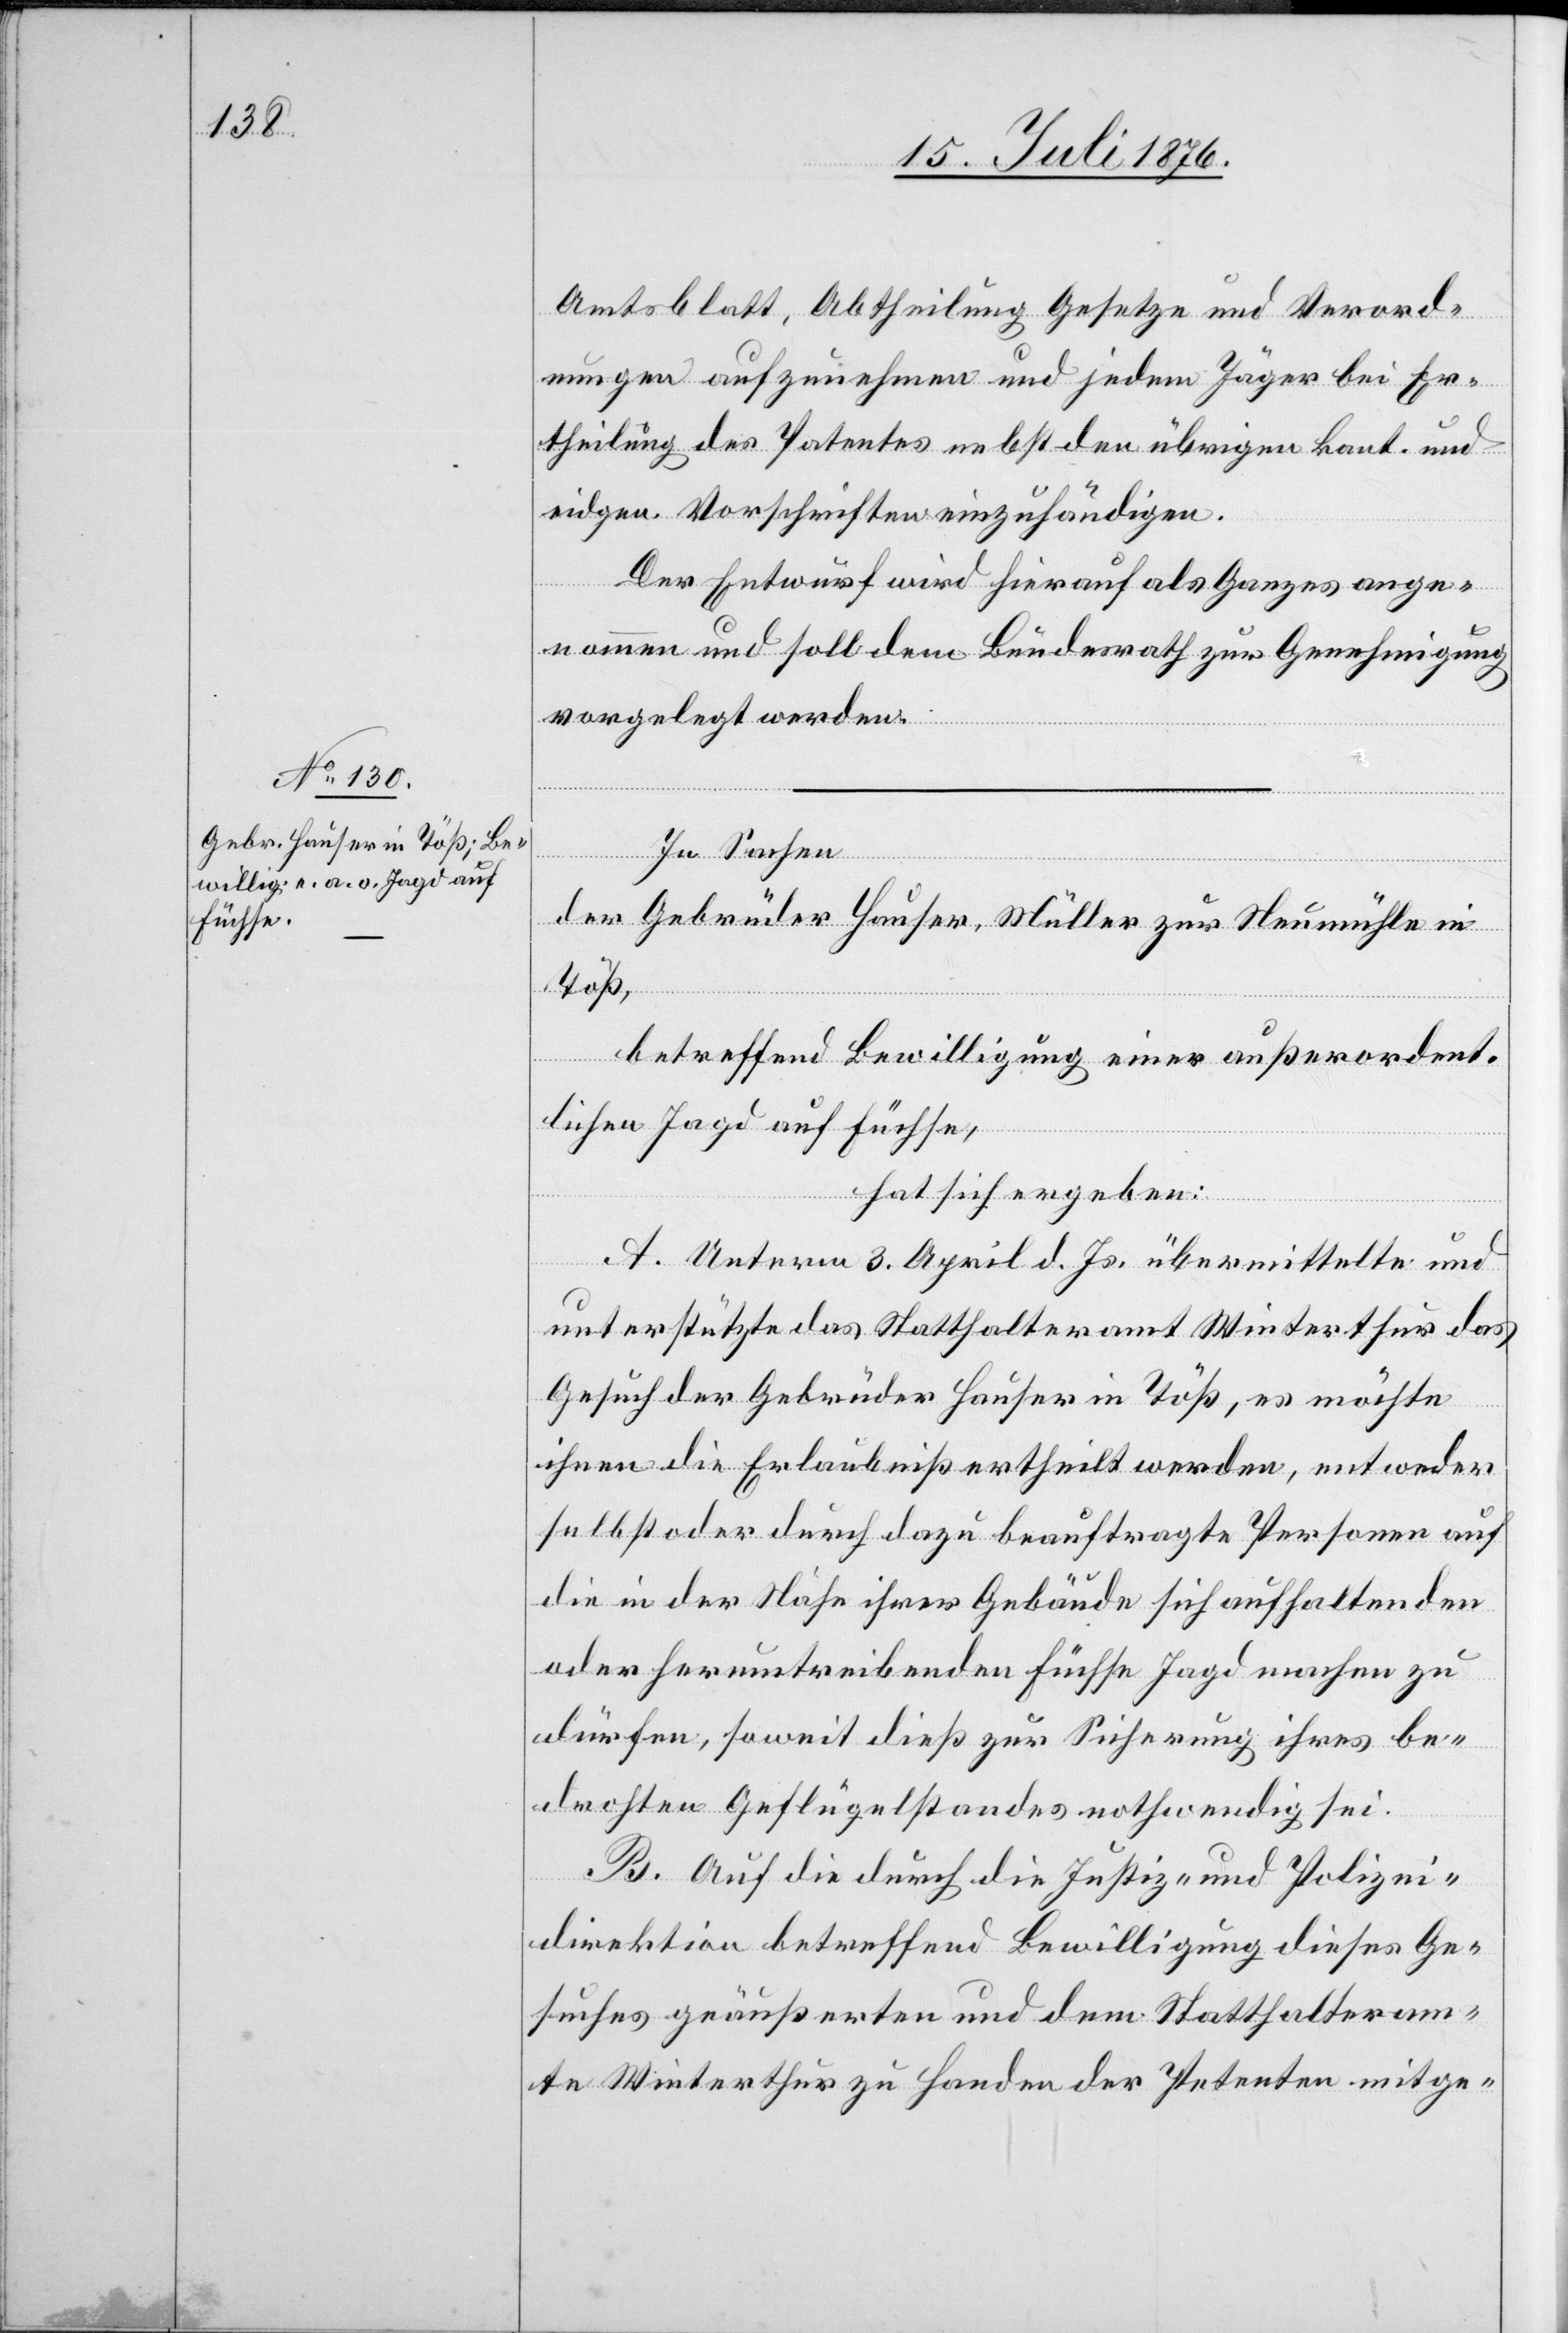
Amtsblatt, Abtheilung Gesetze und Verord¬
nungen aufzunehmen und jedem Jäger bei Er¬
theilung des Patentes nebst den übrigen kant. und
eidgen. Vorschriften einzuhändigen.
Der Entwurf wird hierauf als Ganzes ange¬
nommen und soll dem Bundesrath zur Genehmigung
vorgelegt werden.
In Sachen
der Gebrüder Hauser, Müller zur Neumühle in
Töß,
betreffend Bewilligung einer außerordent¬
lichen Jagd auf Füchse,
hat sich ergeben:
A. Unterm 3. April d. Js. übermittelte und
unterstützte das Statthalteramt Winterthur das
Gesuch der Gebrüder Hauser in Töß, es möchte
ihnen die Erlaubniß ertheilt werden, entweder
selbst oder durch dazu beauftragte Personen auf
die in der Nähe ihrer Gebäude sich aufhaltenden
oder herumtreibenden Füchse Jagd machen zu
dürfen, soweit dies zur Sicherung ihres be¬
drohten Geflügelbestandes nothwendig sei.
B. Auf die durch die Justiz- und Polizei¬
direktion betreffend Bewilligung dieses Ge¬
suches geäußerten und dem Statthalteram¬
te Winterthur zu Handen der Petenten mitge-